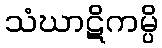
သံဃာဋိကမ္ပိ